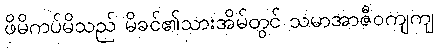
ဖိမိကပ်မိသည် မိခင်၏သားအိမ်တွင် သမာအာဇီဝကျကျ